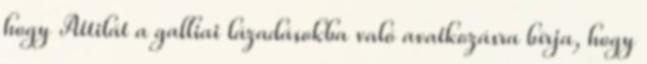
hogy Attilát a galliai lázadásokba való avatkozásra bírja, hogy